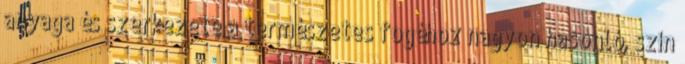
anyaga és szerkezete a természetes fogéhoz nagyon hasonló, szín